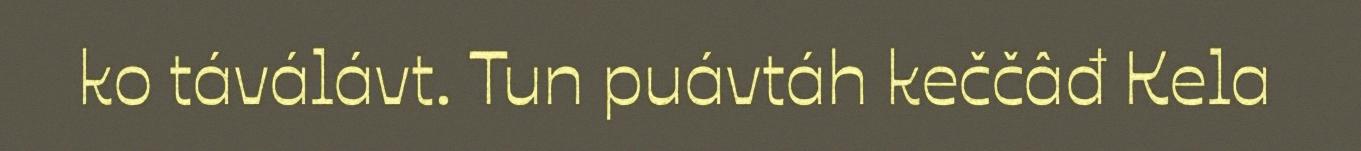
ko táválávt. Tun puávtáh keččâđ Kela